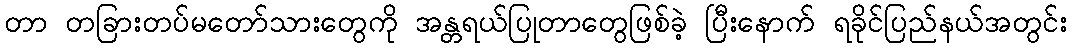
တာ တခြားတပ်မတော်သားတွေကို အန္တရယ်ပြုတာတွေဖြစ်ခဲ့ ပြီးနောက် ရခိုင်ပြည်နယ်အတွင်း